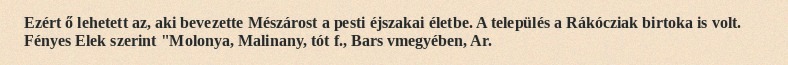
Ezért ő lehetett az, aki bevezette Mészárost a pesti éjszakai életbe. A település a Rákócziak birtoka is volt. Fényes Elek szerint "Molonya, Malinany, tót f., Bars vmegyében, Ar.